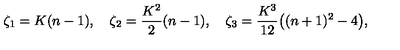
\zeta _ { 1 } = K ( n - 1 ) , \quad \zeta _ { 2 } = \frac { K ^ { 2 } } { 2 } ( n - 1 ) , \quad \zeta _ { 3 } = \frac { K ^ { 3 } } { 1 2 } \big ( ( n + 1 ) ^ { 2 } - 4 \big ) ,